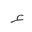
Letter: _hamza